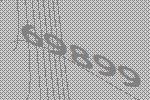
69899